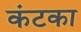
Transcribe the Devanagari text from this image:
कंटका